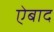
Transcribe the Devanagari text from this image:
ऐबाद